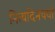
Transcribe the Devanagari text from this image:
नित्यदिनचर्या